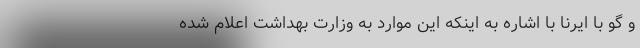
و گو با ایرنا با اشاره به اینکه این موارد به وزارت بهداشت اعلام شده